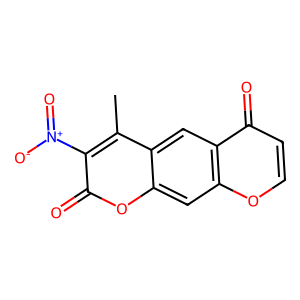
SMILES: Cc1c([N+](=O)[O-])c(=O)oc2cc3occc(=O)c3cc12
Inhibits HIV replication: No